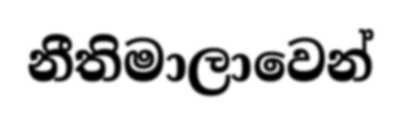
නීතිමාලාවෙන්